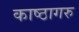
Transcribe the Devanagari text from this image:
काष्ठागरु